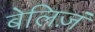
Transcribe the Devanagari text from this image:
बेलिज़ं